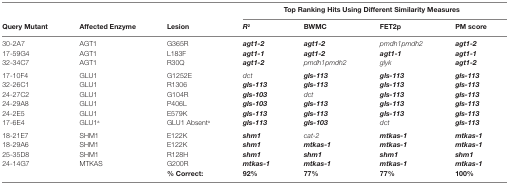
<table><thead><tr><td>[EMPTY_CELL]</td><td>[EMPTY_CELL]</td><td>[EMPTY_CELL]</td><td colspan="4"><b>Top Ranking Hits Using Different Similarity Measures</b></td></tr><tr><td><b>Query Mutant</b></td><td><b>Affected Enzyme</b></td><td><b>Lesion</b></td><td><b><i>R</i><sup>2</sup></b></td><td><b>BWMC</b></td><td><b>FET2p</b></td><td><b>PM score</b></td></tr></thead><tbody><tr><td>30-2A7</td><td>AGT1</td><td>G365R</td><td><b><i>agt1-2</i></b></td><td><b><i>agt1-2</i></b></td><td><i>pmdh1pmdh2</i></td><td><b><i>agt1-2</i></b></td></tr><tr><td>17-59G4</td><td>AGT1</td><td>L183F</td><td><b><i>agt1-1</i></b></td><td><b><i>agt1-2</i></b></td><td><b><i>agt1-1</i></b></td><td><b><i>agt1-1</i></b></td></tr><tr><td>32-34C7</td><td>AGT1</td><td>R30Q</td><td><b><i>agt1-2</i></b></td><td><i>pmdh1pmdh2</i></td><td><i>glyk</i></td><td><b><i>agt1-2</i></b></td></tr><tr><td>17-10F4</td><td>GLU1</td><td>G1252E</td><td><i>dct</i></td><td><b><i>gls-113</i></b></td><td><b><i>gls-113</i></b></td><td><b><i>gls-113</i></b></td></tr><tr><td>32-26C1</td><td>GLU1</td><td>R1306</td><td><b><i>gls-113</i></b></td><td><b><i>gls-113</i></b></td><td><b><i>gls-113</i></b></td><td><b><i>gls-113</i></b></td></tr><tr><td>24-27C2</td><td>GLU1</td><td>G104R</td><td><b><i>gls-103</i></b></td><td><i>dct</i></td><td><b><i>gls-113</i></b></td><td><b><i>gls-113</i></b></td></tr><tr><td>24-29A8</td><td>GLU1</td><td>P406L</td><td><b><i>gls-103</i></b></td><td><b><i>gls-113</i></b></td><td><b><i>gls-113</i></b></td><td><b><i>gls-113</i></b></td></tr><tr><td>24-2E5</td><td>GLU1</td><td>E579K</td><td><b><i>gls-113</i></b></td><td><b><i>gls-113</i></b></td><td><b><i>gls-113</i></b></td><td><b><i>gls-113</i></b></td></tr><tr><td>17-6E4</td><td>GLU1<sup>a</sup></td><td>GLU1 Absent<sup>a</sup></td><td><b><i>gls-113</i></b></td><td><b><i>gls-103</i></b></td><td><i>dct</i></td><td><b><i>gls-113</i></b></td></tr><tr><td>18-21E7</td><td>SHM1</td><td>E122K</td><td><b><i>shm1</i></b></td><td><i>cat-2</i></td><td><b><i>mtkas-1</i></b></td><td><b><i>mtkas-1</i></b></td></tr><tr><td>18-29A6</td><td>SHM1</td><td>E122K</td><td><b><i>shm1</i></b></td><td><b><i>mtkas-1</i></b></td><td><b><i>mtkas-1</i></b></td><td><b><i>mtkas-1</i></b></td></tr><tr><td>25-35D8</td><td>SHM1</td><td>R128H</td><td><b><i>shm1</i></b></td><td><b><i>shm1</i></b></td><td><b><i>shm1</i></b></td><td><b><i>shm1</i></b></td></tr><tr><td>24-14G7</td><td>MTKAS</td><td>G200R</td><td><b><i>mtkas-1</i></b></td><td><b><i>mtkas-1</i></b></td><td><b><i>mtkas-1</i></b></td><td><b><i>mtkas-1</i></b></td></tr><tr><td>[EMPTY_CELL]</td><td>[EMPTY_CELL]</td><td><b>% Correct:</b></td><td><b>92%</b></td><td><b>77%</b></td><td><b>77%</b></td><td><b>100%</b></td></tr></tbody></table>